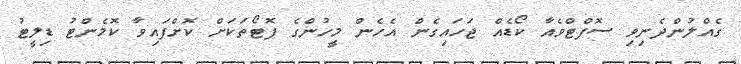
ގެއްލުންދެނިވި ސޮފްޓްވެއާ ކޯޑެއް ޖަހައިގެން އެހެން މީހުންގެ ފޮޓޯތަކަށް ކޮށްފައިވާ ކޮމެންޓު ޑިލީޓު